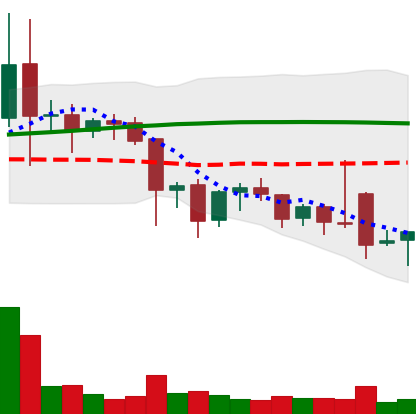
Ticker: ETC-USD
Chart end date: 2021-11-28
Forward return: -5.556%
Label: down_5_7